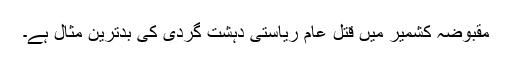
مقبوضہ کشمیر میں قتل عام ریاستی دہشت گردی کی بدترین مثال ہے۔